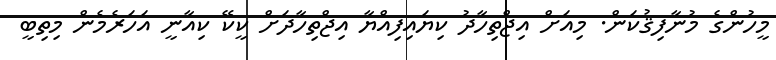
މީހުންގެ މުނާފިޤުކަން. މިއަށް އިޖްތިހާދު ކިޔައިފިއްޔާ އިޖްތިހާދަށް ކީކޭ ކިއާނީ އަހަރެމެން މިތިބީ